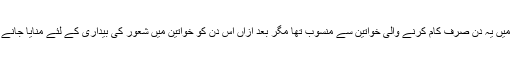
ابتدا میں یہ دن صرف کام کرنے والی خواتین سے منسوب تھا مگر بعد ازاں اس دن کو خواتین میں شعور کی بیداری کے لئے منایا جانے لگا۔